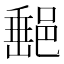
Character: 𨜲